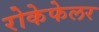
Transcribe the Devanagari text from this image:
रोकेफेलर